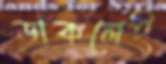
ডাকলেই